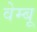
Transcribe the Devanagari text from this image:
वेम्बू